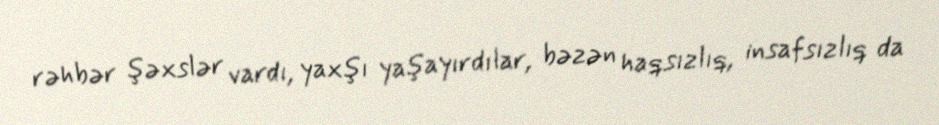
rəhbər şəxslər vardı, yaxşı yaşayırdılar, bəzən haqsızlıq, insafsızlıq da